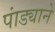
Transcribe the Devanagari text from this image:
पांड्याने